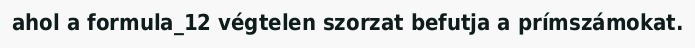
ahol a formula_12 végtelen szorzat befutja a prímszámokat.